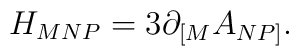
{H_{MNP} = 3\partial_{\lbrack M} A_{NP\rbrack}.}